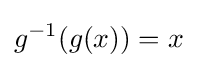
g^{-1}(g(x))=x